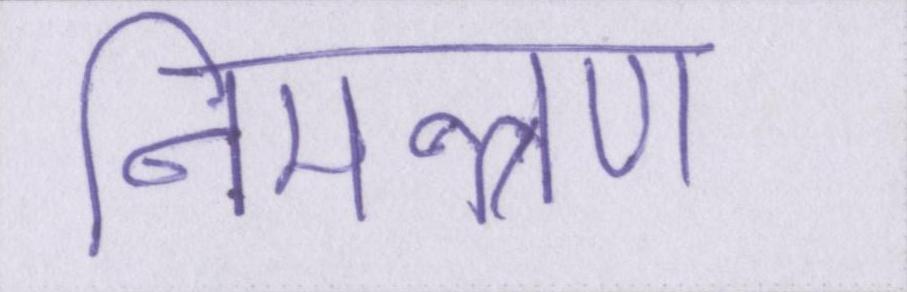
निमन्त्रण